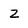
Character: z